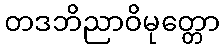
တဒဘိညာဝိမုတ္တော